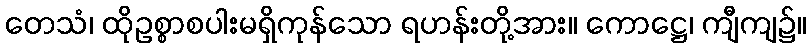
တေသံ၊ ထိုဥစ္စာစပါးမရှိကုန်သော ရဟန်းတို့အား။ ကောဋ္ဌေ၊ ကျီကျ၌။